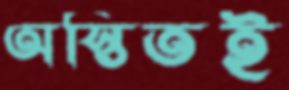
অস্তিতই